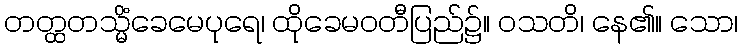
တတ္ထတသ္မိံခေမေပုရေ၊ ထိုခေမဝတီပြည်၌။ ဝသတိ၊ နေ၏။ သော၊